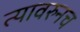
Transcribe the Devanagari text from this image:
त्यावरुनच